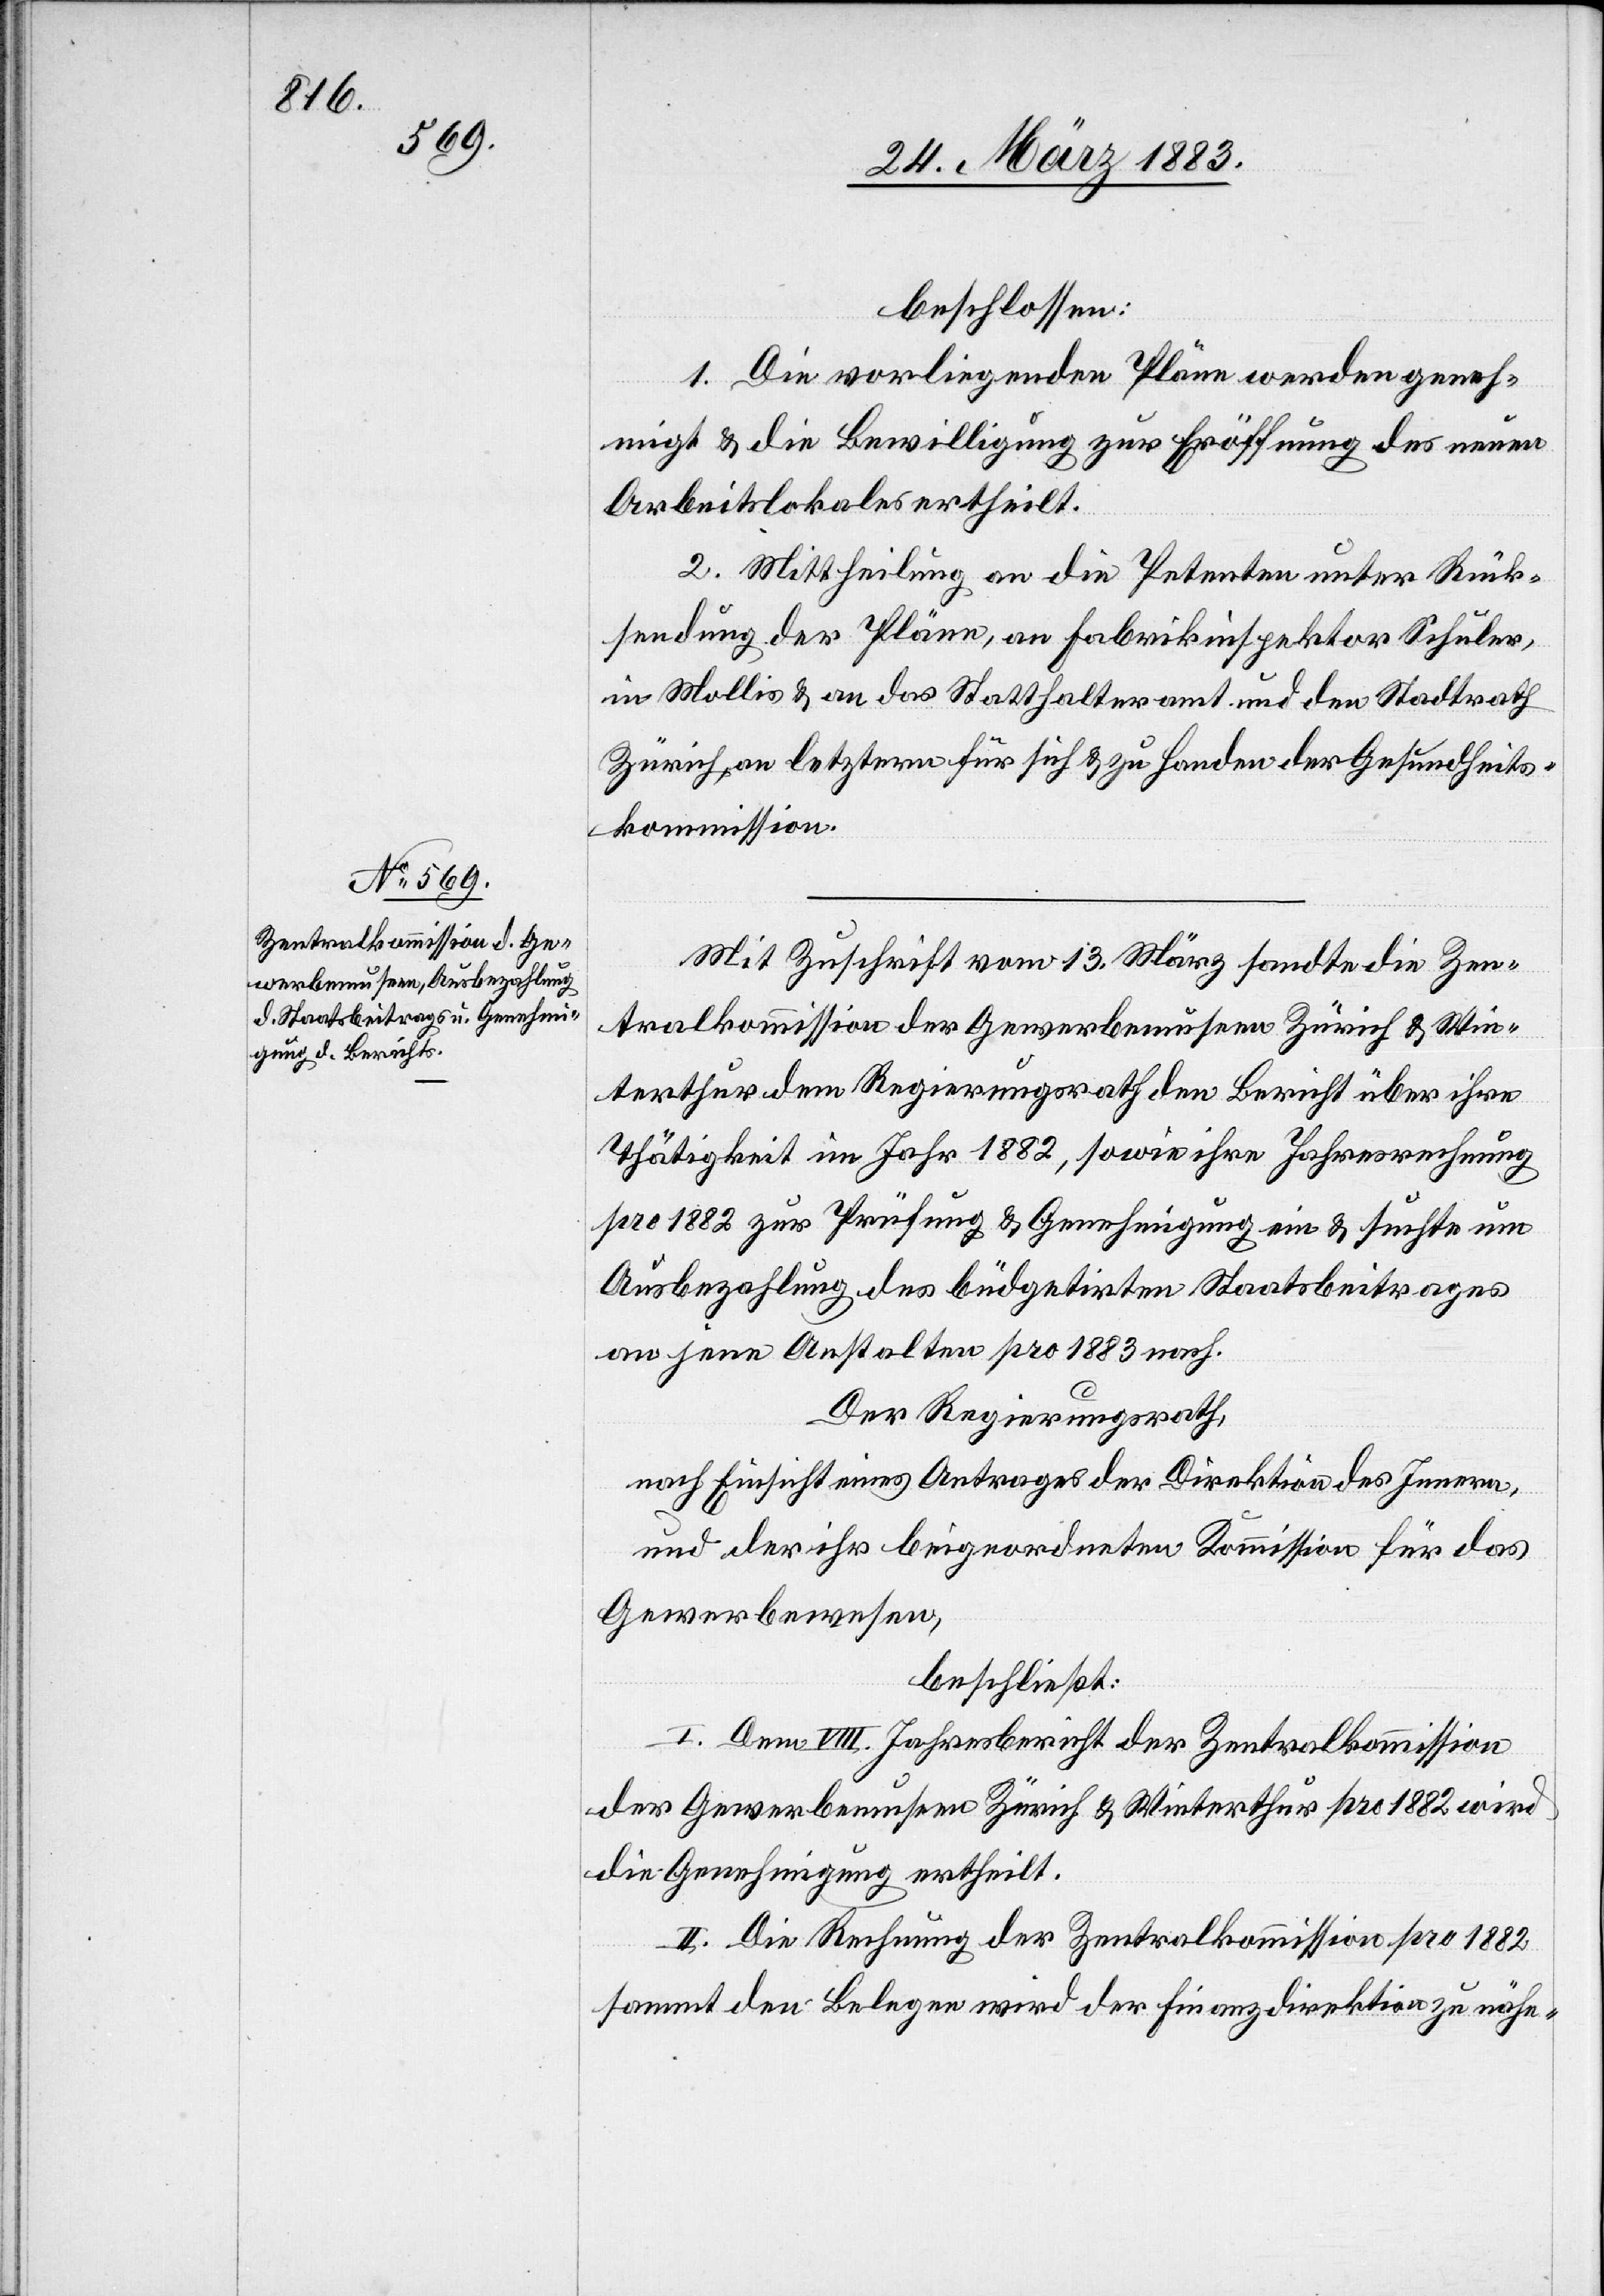
beschlossen:
1. Die vorliegenden Pläne werden geneh¬
migt & die Bewilligung zur Eröffnung des neuen
Arbeitslokales ertheilt.
2. Mittheilung an die Petenten unter Rück¬
sendung der Pläne, an Fabrikinspektor Schuler,
in Mollis & an das Statthalteramt und den Stadtrath
Zürich, an letztern für sich & zu Handen der Gesundheits¬
kommission.
Mit Zuschrift vom 13. März sandte die Zen¬
tralkommission der Gewerbemuseen Zürich & Win¬
terthur dem Regierungsrathe den Bericht über ihre
Thätigkeit im Jahr 1882, sowie ihre Jahresrechnung
pro 1882 zur Prüfung & Genehmigung ein & suchte um
Ausbezahlung des büdgetirten Staatsbeitrages
an jene Anstalten pro 1883 nach.
Der Regierungsrath,
nach Einsicht eines Antrages der Direktion des Innern,
und der ihr beigeordneten Kommission für das
Gewerbewesen,
beschließt:
I. Dem VIII. Jahresbericht der Zentralkommission
der Gewerbemuseen Zürich & Winterthur pro 1882 wird
die Genehmigung ertheilt.
II. Die Rechnung der Zentralkommission pro 1882
sammt den Belegen wird der Finanzdirektion zu nähe-